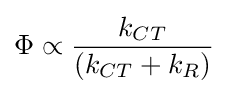
\Phi \propto {\frac {k_{CT}}{(k_{CT}+k_{R})}}